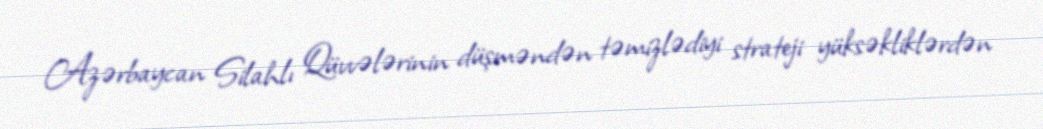
Azərbaycan Silahlı Qüvvələrinin düşməndən təmizlədiyi strateji yüksəkliklərdən